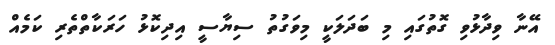
އޭނާ ވިދާޅުވި ގޮތުގައި މި ބަދަލަކީ މިވަގުތު ސިޔާސީ އިދިކޮޅު ހަރަކާތްތެރި ކަމެއް